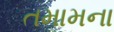
તમામના